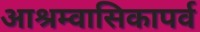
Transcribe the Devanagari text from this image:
आश्रम्वासिकापर्व